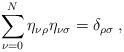
LaTeX: \begin{align*}\sum_{\nu=0}^N\eta_{\nu\rho}\eta_{\nu\sigma}=\delta_{\rho\sigma}\;,\end{align*}